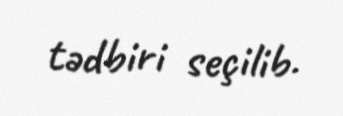
tədbiri seçilib.